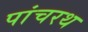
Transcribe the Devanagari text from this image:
पांचरथ